Scientific memoirs by medical officers of the Army of India - Part III,
Year: 1887
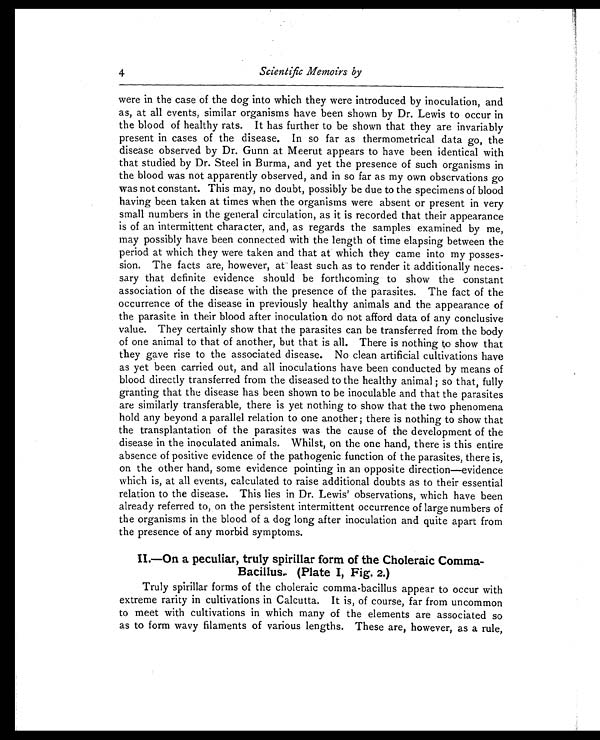
4
Scientific Memoirs by
were in the case of the dog into which they were introduced by inoculation, and
as, at all events, similar organisms have been shown by Dr. Lewis to occur in
the blood of healthy rats. It has further to be shown that they are invariably
present in cases of the disease. In so far as thermometrical data go, the
disease observed by Dr. Gunn at Meerut appears to have been identical with
that studied by Dr. Steel in Burma, and yet the presence of such organisms in
the blood was not apparently observed, and in so far as my own observations go
was not constant. This may, no doubt, possibly be due to the specimens of blood
having been taken at times when the organisms were absent or present in very
small numbers in the general circulation, as it is recorded that their appearance
is of an intermittent character, and, as regards the samples examined by me,
may possibly have been connected with the length of time elapsing between the
period at which they were taken and that at which they came into my posses-
sion. The facts are, however, at least such as to render it additionally neces-
sary that definite evidence should be forthcoming to show the constant
association of the disease with the presence of the parasites. The fact of the
occurrence of the disease in previously healthy animals and the appearance of
the parasite in their blood after inoculation do not afford data of any conclusive
value. They certainly show that the parasites can be transferred from the body
of one animal to that of another, but that is all. There is nothing to show that
they gave rise to the associated disease. No clean artificial cultivations have
as yet been carried out, and all inoculations have been conducted by means of
blood directly transferred from the diseased to the healthy animal; so that, fully
granting that the disease has been shown to be inoculable and that the parasites
are similarly transferable, there is yet nothing to show that the two phenomena
hold any beyond a parallel relation to one another; there is nothing to show that
the transplantation of the parasites was the cause of the development of the
disease in the inoculated animals. Whilst, on the one hand, there is this entire
absence of positive evidence of the pathogenic function of the parasites, there is,
on the other hand, some evidence pointing in an opposite direction—evidence
which is, at all events, calculated to raise additional doubts as to their essential
relation to the disease. This lies in Dr. Lewis' observations, which have been
already referred to, on the persistent intermittent occurrence of large numbers of
the organisms in the blood of a dog long after inoculation and quite apart from
the presence of any morbid symptoms.
II—On a peculiar, truly spirillar form of the Choleraic Comma-
Bacillus (Plate I, Fig. 2.)
Truly spirillar forms of the choleraic comma-bacillus appear to occur with
extreme rarity in cultivations in Calcutta. It is, of course, far from uncommon
to meet with cultivations in which many of the elements are associated so
as to form wavy filaments of various lengths. These are, however, as a rule,